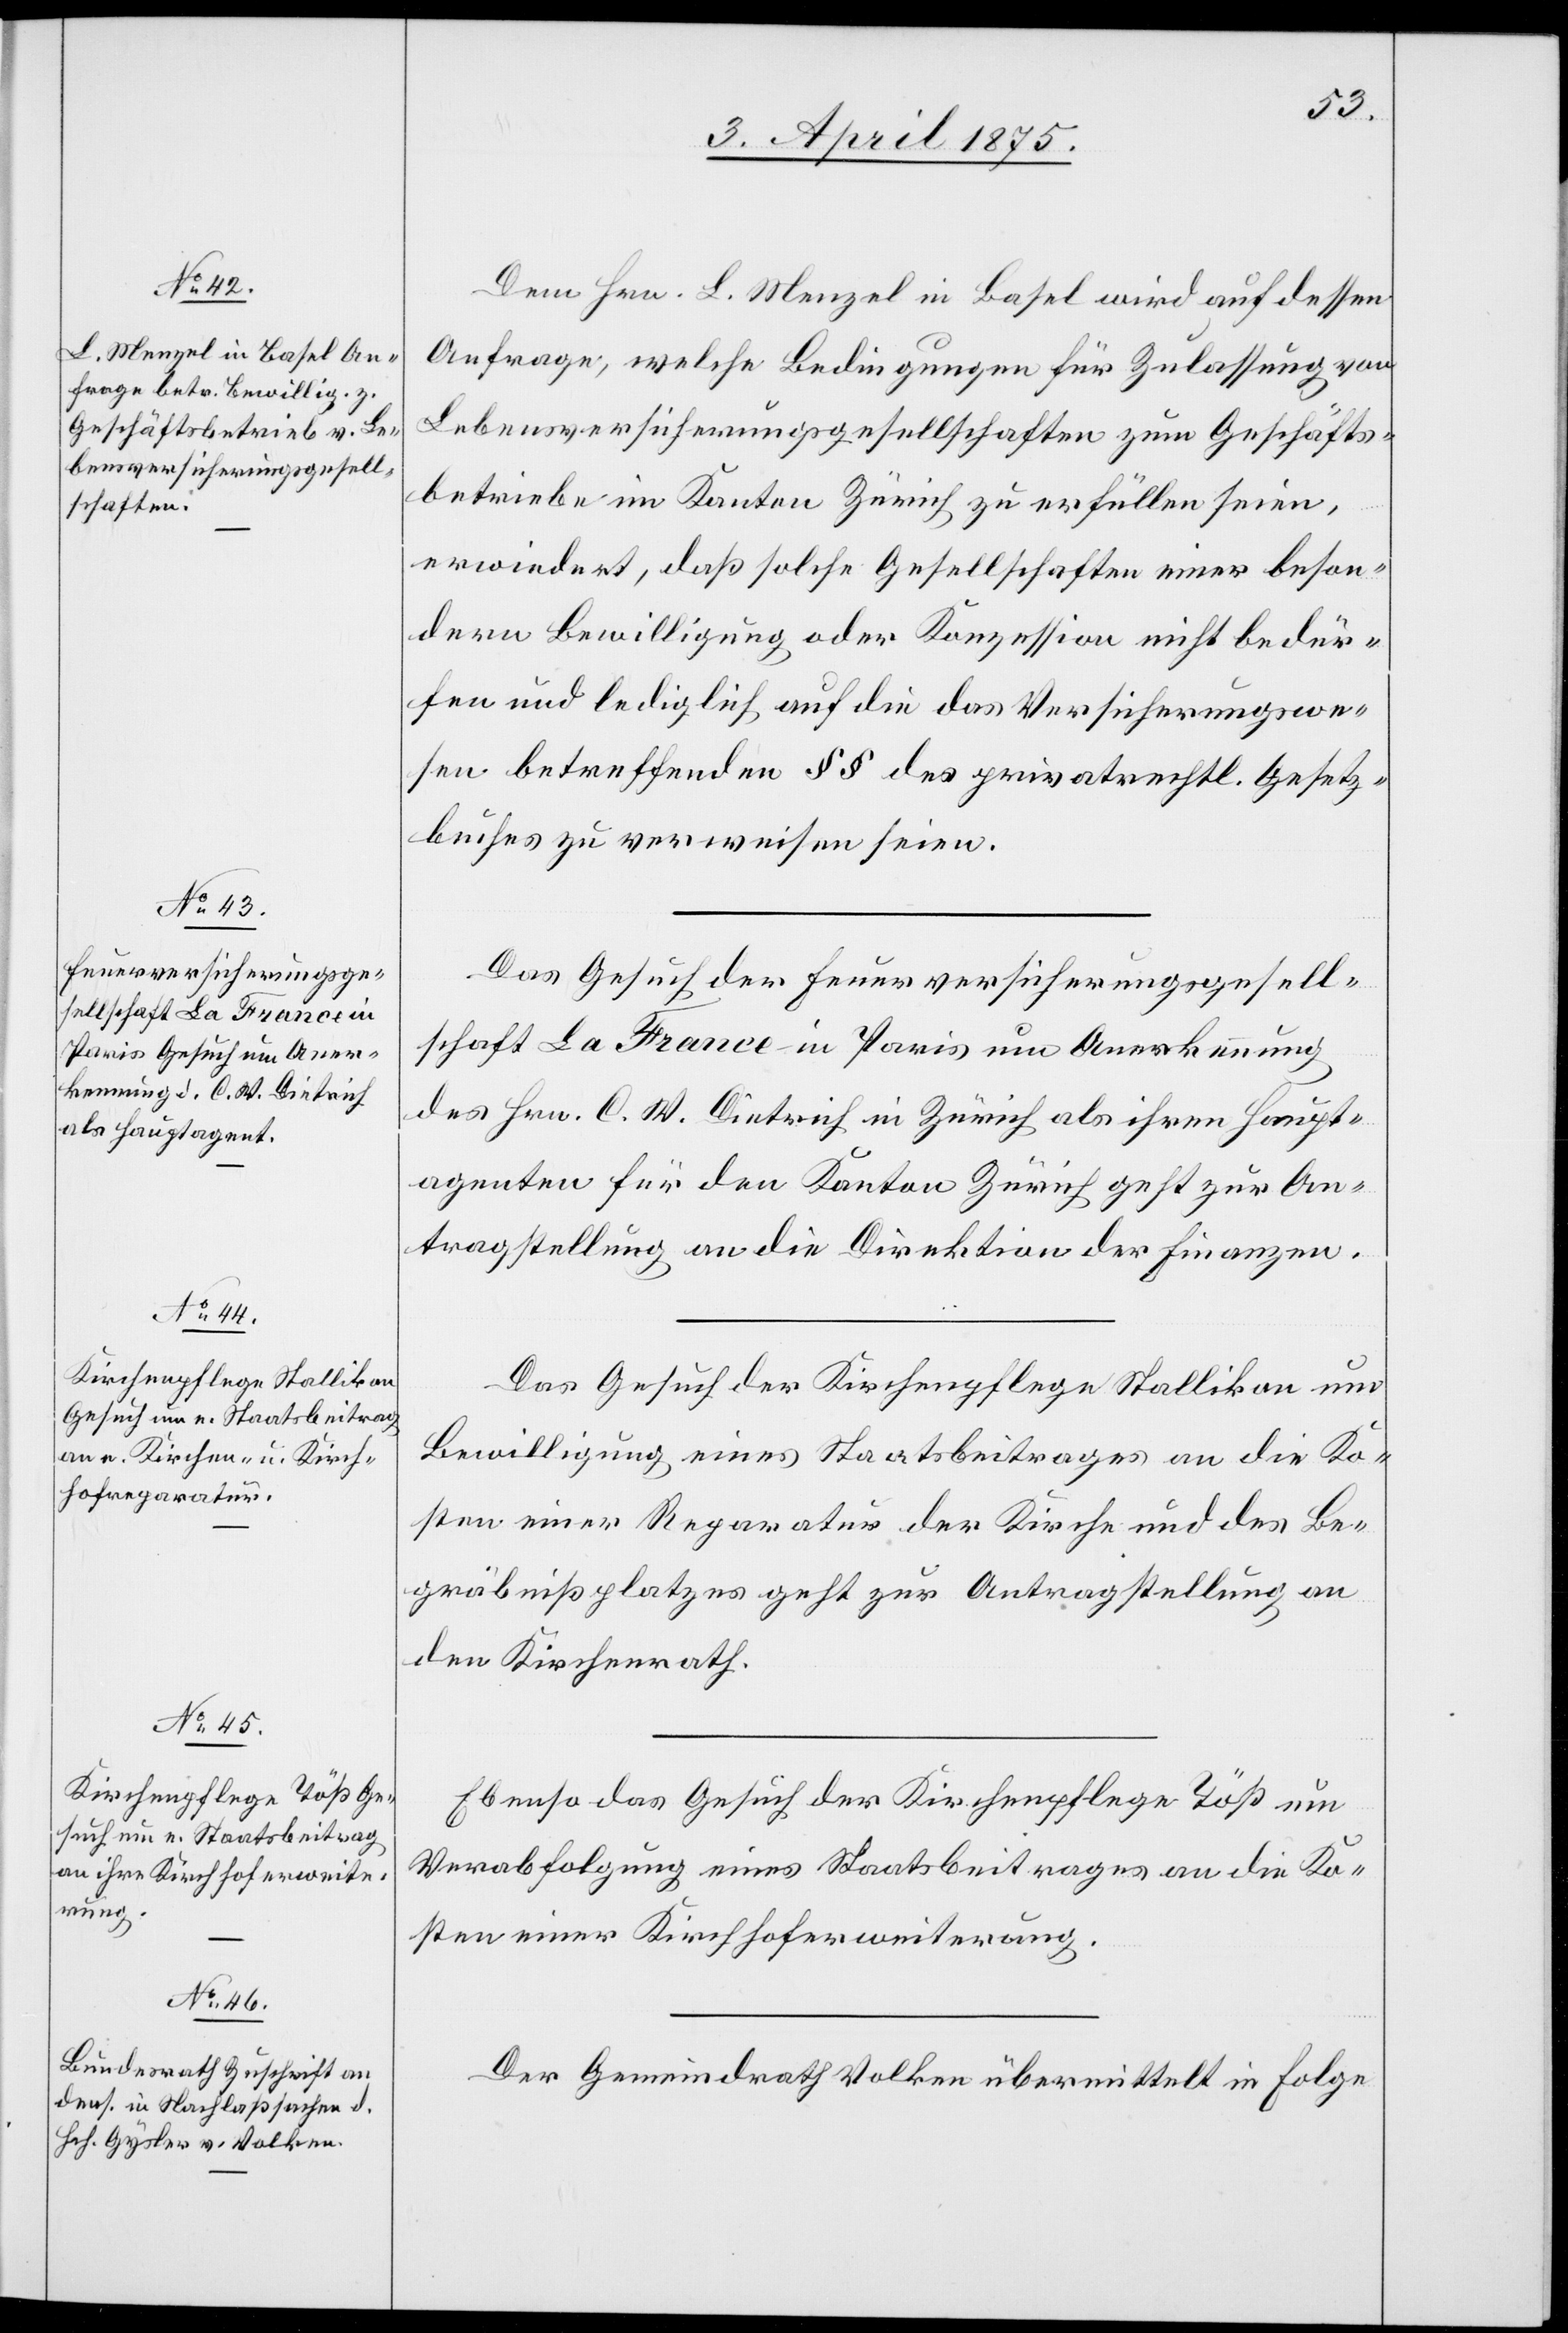
iner Kirchhoferweite¬
rung.

3. April 1875.]
Dem Hrn. L. Menzel in Basel wird auf dessen
Anfrage, welche Bedingungen für Zulassung von
Lebensversicherungsgesellschaften zum Geschäfts¬
betriebe im Kanton Zürich zu erfüllen seien,
erwiedert, daß solche Gesellschaften einer beson¬
dern Bewilligung oder Konzession nicht bedür¬
fen und lediglich auf die das Versicherungswe¬
sen betreffenden §§ des privatrechtl. Gesetz¬
buches zu verweisen seien.
Das Gesuch der Feuerversicherungsgesell¬
schaft La France in Paris um Anerkennung
des Hrn. C. W. Dietrich in Zürich als ihren Haupt¬
agenten für den Kanton Zürich geht zur An¬
tragstellung an die Direktion der Finanzen.
Das Gesuch der Kirchenpflege Stallikon um
Bewilligung eines Staatsbeitrages an die Ko¬
sten einer Reparatur der Kirche und des Be¬
gräbnißplatzes geht zur Antragstellung an
den Kirchenrath.
Ebenso das Gesuch der Kirchenpflege Töß um
Verabfolgung eines Staatsbeitrages an Kosten e¬
Der Gemeindrath Volken übermittelt in Folge